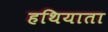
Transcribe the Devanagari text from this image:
हथियाता